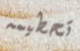
تحطيمه